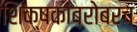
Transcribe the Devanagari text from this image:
शिक्षकांबरोबरच